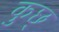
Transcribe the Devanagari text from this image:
कुछ्‍